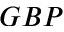
G B P